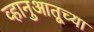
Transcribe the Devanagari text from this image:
व्हानुआतूच्या